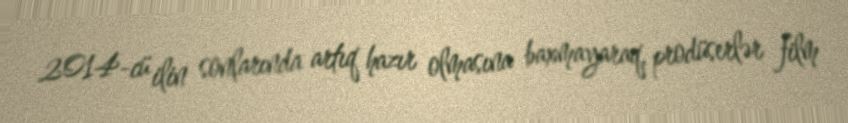
2014-cü ilin sonlarında artıq hazır olmasına baxmayaraq, prodüserlər film